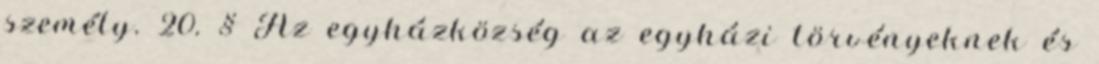
személy. 20. § Az egyházközség az egyházi törvényeknek és